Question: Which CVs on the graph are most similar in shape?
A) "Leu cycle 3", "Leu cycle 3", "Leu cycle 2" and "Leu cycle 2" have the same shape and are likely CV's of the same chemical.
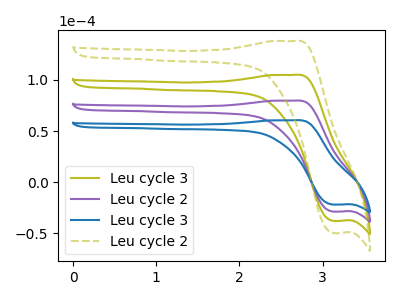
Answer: <think>The olive curve "Leu cycle 3" has an anodic peak at (2.65V, 159.55uA) and a cathodic peak at (3.15V, -57.40uA). The purple curve "Leu cycle 2" has an anodic peak at (2.65V, 79.80uA) and a cathodic peak at (3.15V, -28.70uA). The blue curve "Leu cycle 3" has an anodic peak at (2.65V, 60.65uA) and a cathodic peak at (3.15V, -21.80uA). The olive dashed curve "Leu cycle 2" has an anodic peak at (2.65V, 239.35uA) and a cathodic peak at (3.15V, -86.10uA).
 All the peaks in "Leu cycle 3" have a peak in "Leu cycle 2" at the same potential. Every peak in "Leu cycle 3" is higher than every peak in "Leu cycle 2". All the peaks in "Leu cycle 3" have a peak in "Leu cycle 3" at the same potential. Every peak in "Leu cycle 3" is higher than every peak in "Leu cycle 3". All the peaks in "Leu cycle 3" have a peak in "Leu cycle 2" at the same potential. Every peak in "Leu cycle 3" is lower than every peak in "Leu cycle 2". All the peaks in "Leu cycle 2" have a peak in "Leu cycle 3" at the same potential. Every peak in "Leu cycle 2" is higher than every peak in "Leu cycle 3". All the peaks in "Leu cycle 2" have a peak in "Leu cycle 2" at the same potential. Every peak in "Leu cycle 2" is lower than every peak in "Leu cycle 2". All the peaks in "Leu cycle 3" have a peak in "Leu cycle 2" at the same potential. Every peak in "Leu cycle 3" is lower than every peak in "Leu cycle 2".</think>
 <answer>A) "Leu cycle 3", "Leu cycle 3", "Leu cycle 2" and "Leu cycle 2" have the same shape and are likely CV's of the same chemical.</answer>
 <eval>A</eval>